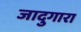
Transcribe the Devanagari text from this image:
जादुगारा